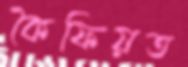
কৈফিয়ত